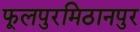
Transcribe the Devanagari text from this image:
फूलपुरमिठानपुर